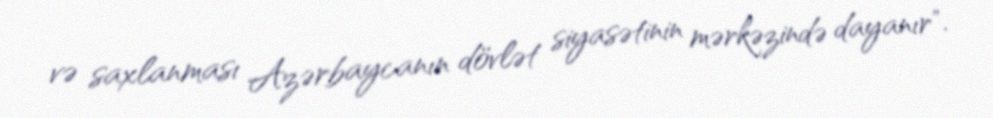
və saxlanması Azərbaycanın dövlət siyasətinin mərkəzində dayanır".